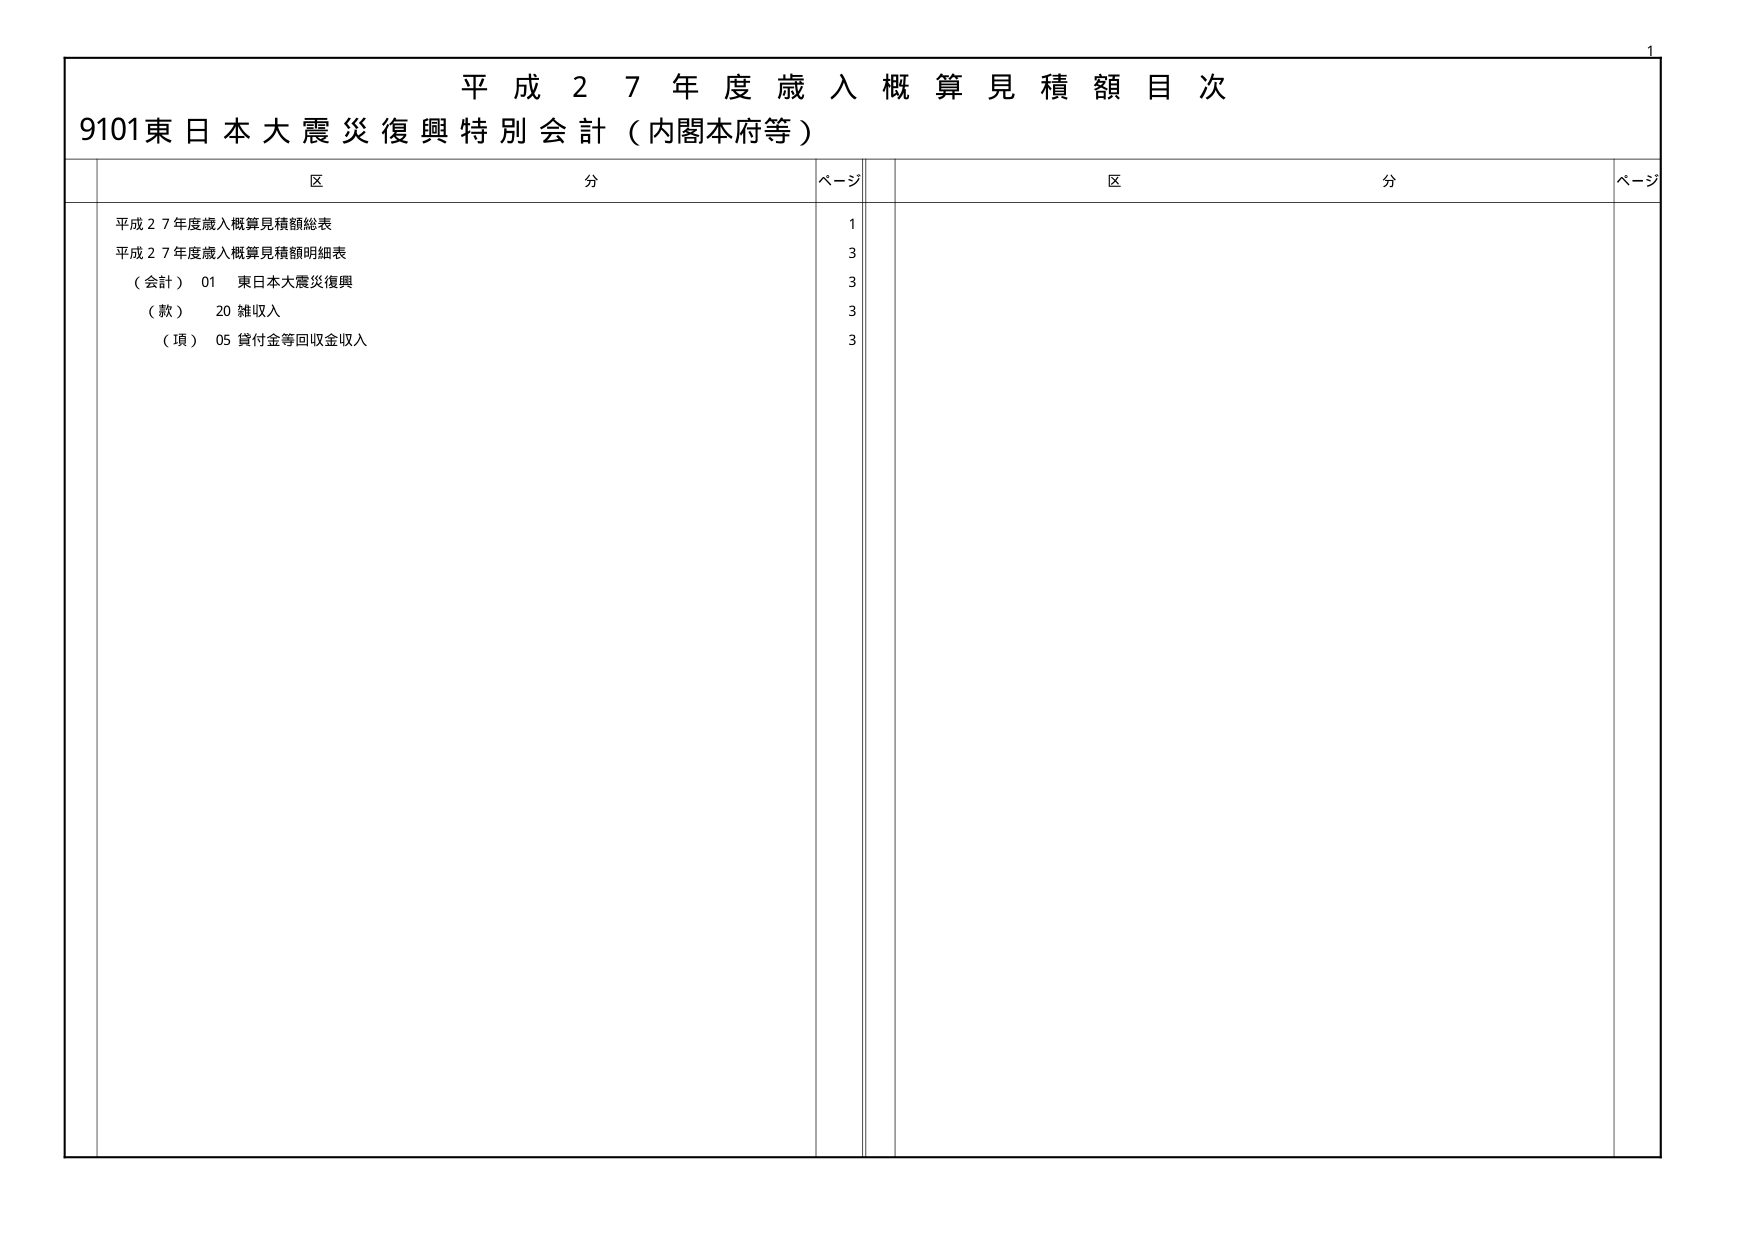
平成２７年度歳入概算見積額目次
9101東日本大震災復興特別会計（内閣本府等）

区 分 ページ
平成２７年度歳入概算見積額総表 1
平成２７年度歳入概算見積額明細表 3
（会計） 01 東日本大震災復興 3
（款） 20 雑収入 3
（項） 05 貸付金等回収金収入 3

区 分 ページ